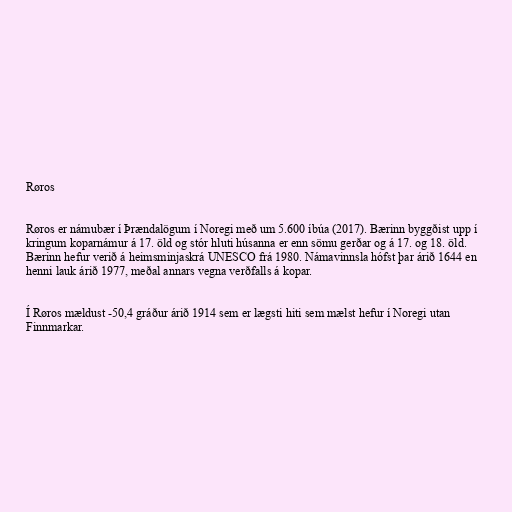
Røros

Røros er námubær í Þrændalögum í Noregi með um 5.600 íbúa (2017). Bærinn byggðist upp í
kringum koparnámur á 17. öld og stór hluti húsanna er enn sömu gerðar og á 17. og 18. öld.
Bærinn hefur verið á heimsminjaskrá UNESCO frá 1980. Námavinnsla hófst þar árið 1644 en
henni lauk árið 1977, meðal annars vegna verðfalls á kopar.

Í Røros mældust -50,4 gráður árið 1914 sem er lægsti hiti sem mælst hefur í Noregi utan
Finnmarkar.